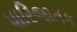
પારિજાતક